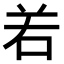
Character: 𠰥